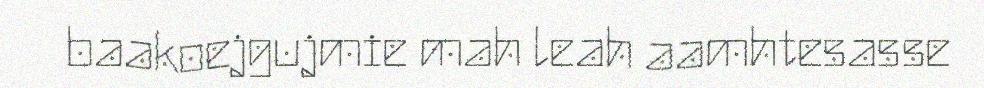
baakoejgujmie mah leah aamhtesasse